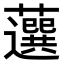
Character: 𧂍